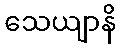
သေယျာနိ